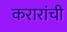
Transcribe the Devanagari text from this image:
करारांची